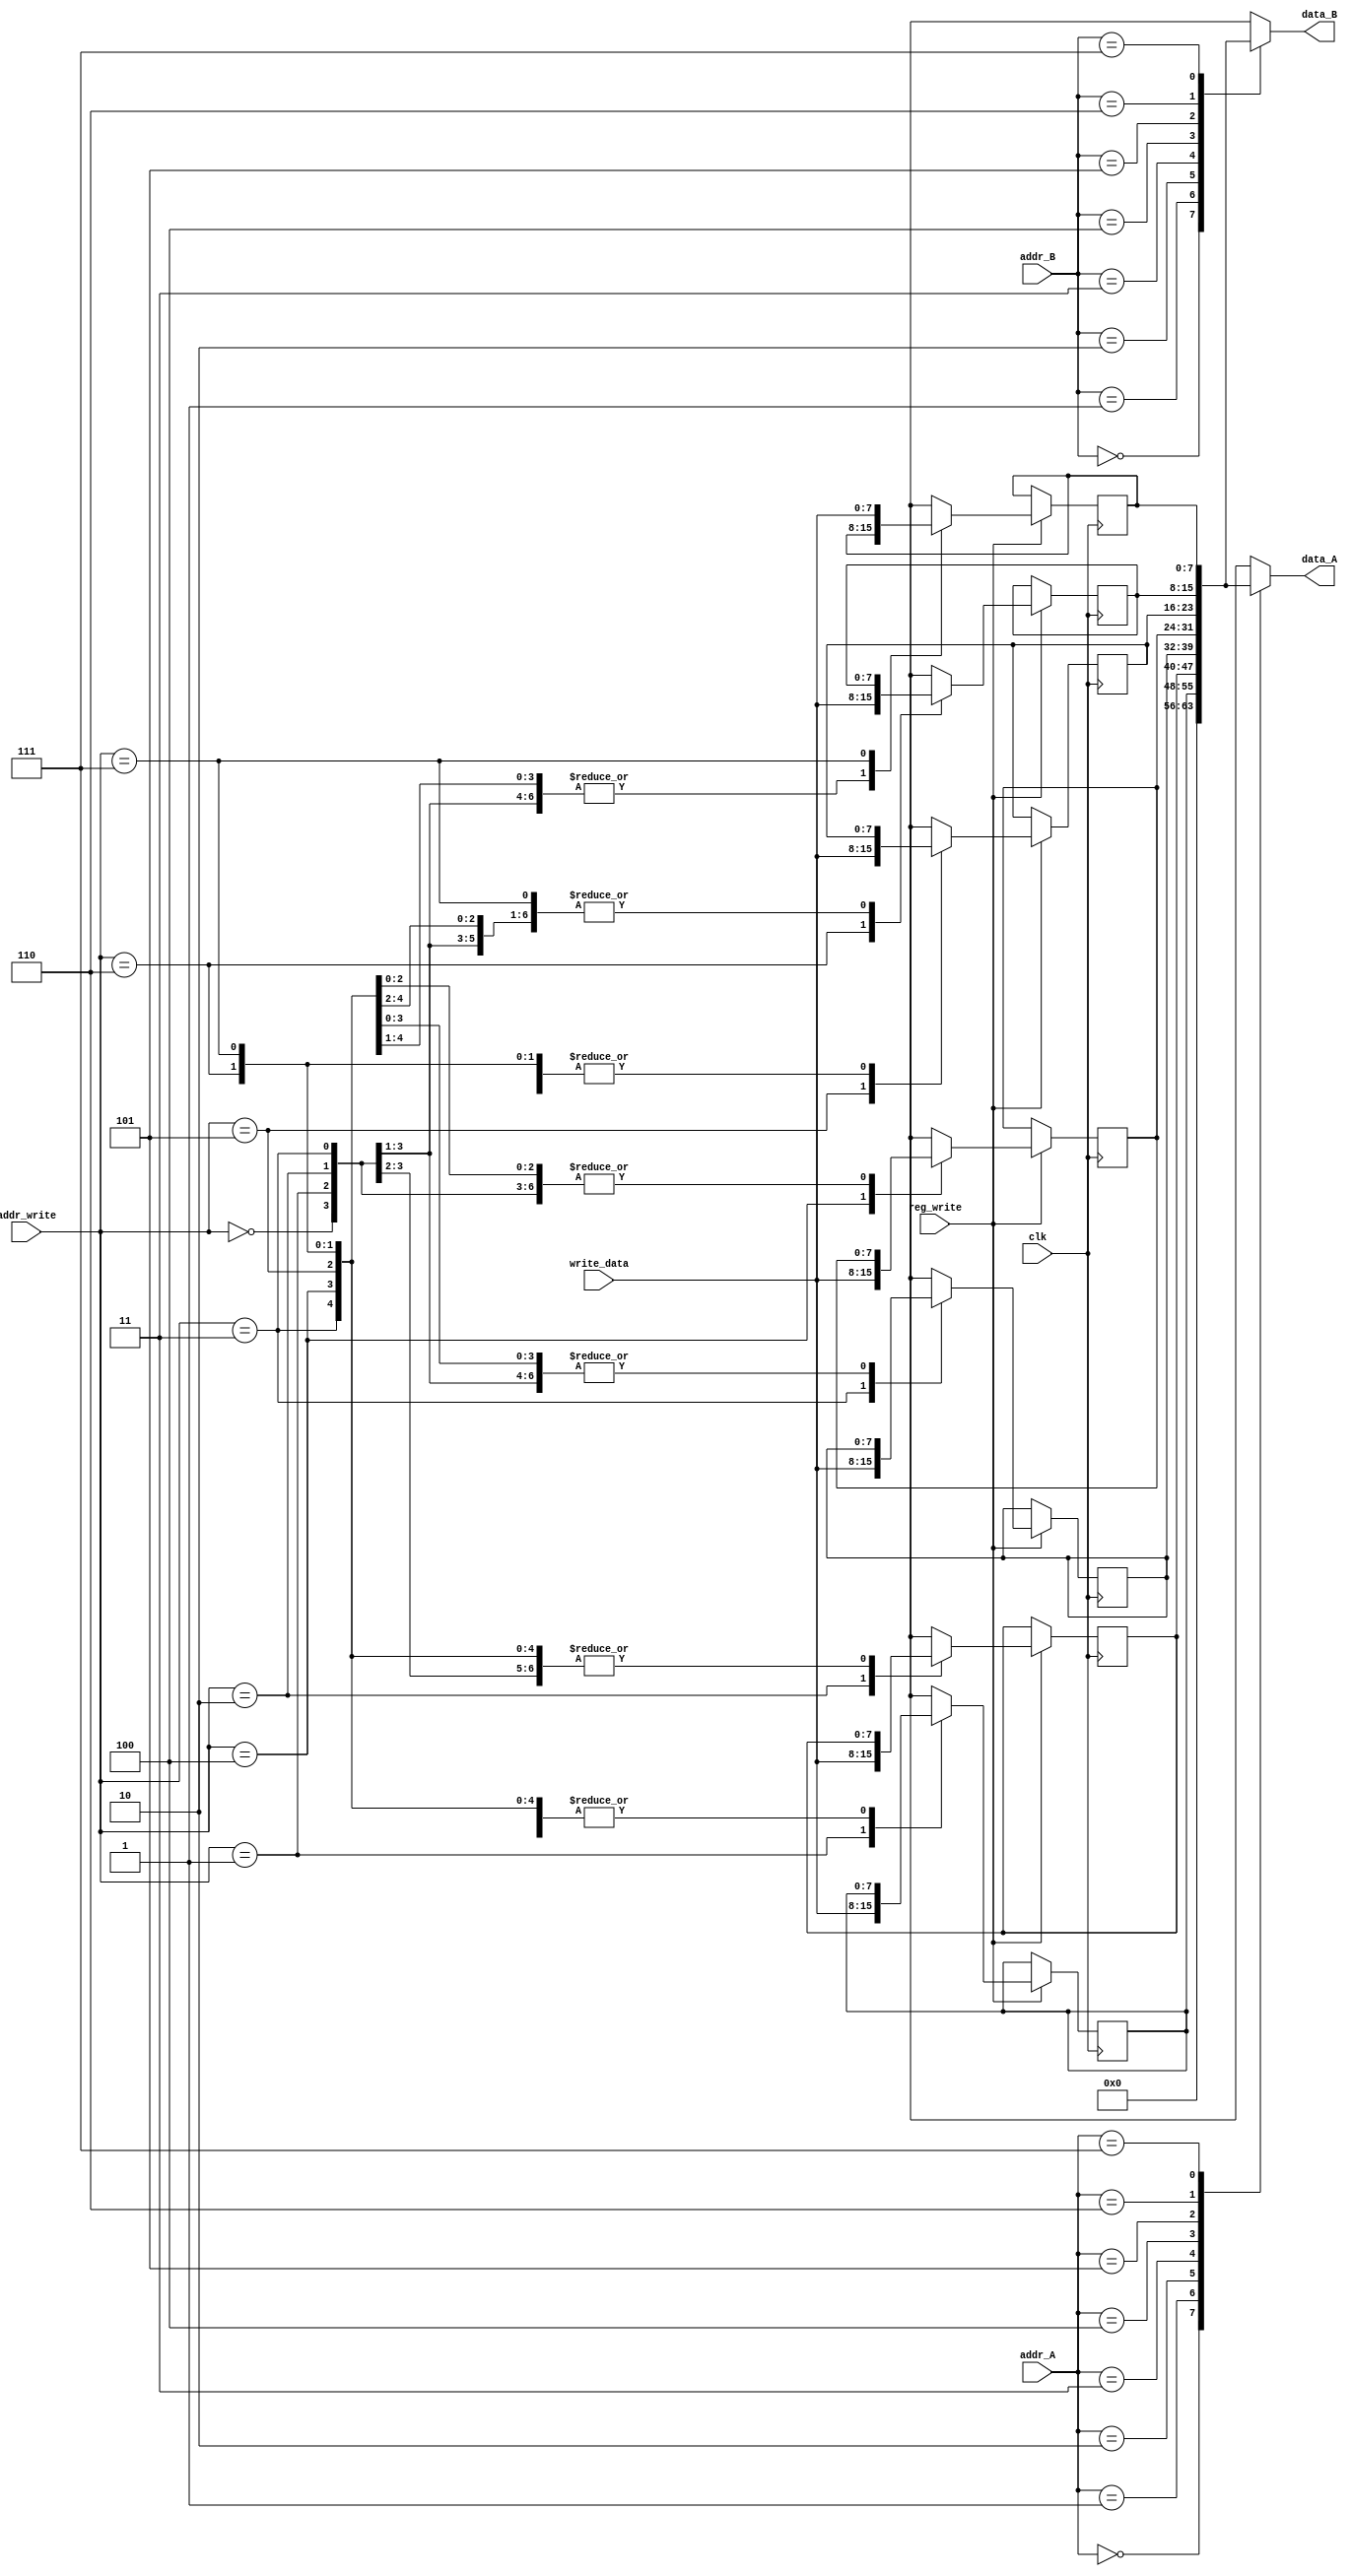
module RegFile(input clk, reg_write, input [2:0] addr_A, addr_B, addr_write ,
						input [7:0] write_data, output reg [7:0] data_A, data_B);

	reg [7:0] registers [7:0];
	
	always@(addr_A, addr_B) begin
		registers[0] = 8'b0;
		data_A = registers[addr_A];
		data_B = registers[addr_B];
	end
	
	always@(posedge clk) begin
		if(reg_write) 
			registers[addr_write] = write_data;
		registers[0] = 8'b0;
	end
endmodule
/*
module test_reg_file();
	reg clk = 0, reg_write;
	reg [2:0] addr_A, addr_B, addr_write;
	reg [7:0] write_data;
	wire [7:0]	data_A, data_B;
	
	RegFile rg(clk, reg_write, addr_A, addr_B, addr_write, write_data, data_A, data_B);
	initial repeat(20) #5 clk = ~clk;
	
	initial begin
	addr_A = 0;
	addr_B = 0;
	addr_write = 3'b100;
	reg_write = 1'b1;
	write_data = 8'd5;
	#10 addr_A = 3'b100;
	addr_write = 3'b0;
	reg_write = 1'b1;
	write_data = 8'd5;
	#11 reg_write =  1'b0;
	addr_write = 3'b001;
	write_data = 8'd3;
	addr_A = 3'b001;
	#20 $stop;
	end
endmodule*/